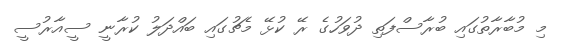
މި މުބާރާތުގައި ބުރާސްފަތި ދުވަހުގެ ރޭ ކުޅޭ މެޗުގައި ބައްދަލު ކުރާނީ ސީއާރުސީ